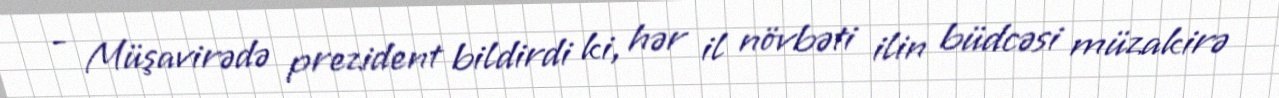
- Müşavirədə prezident bildirdi ki, hər il növbəti ilin büdcəsi müzakirə